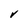
Character: V